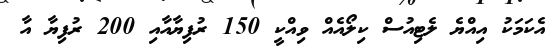
އެކަމަކު އިއްޔެ ލެޓިއުސް ކިލޯއެއް ވިއްކީ 150 ރުފިޔާއާއި 200 ރުފިޔާ އާ